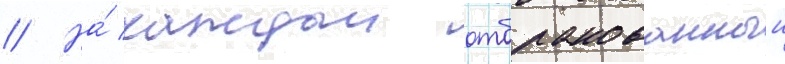
// На́ каждыи отбракованныи